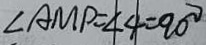
\angle A M P = \angle 4 = 9 0 ^ { \circ }